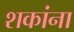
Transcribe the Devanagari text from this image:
शकांना